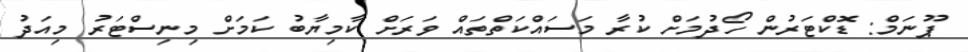
ޕޫނަމް: ޑޮކްޓަރުން ހޯދުމަށް ކުރާ މަސައްކަތްތައް ވަރަށް ކާމިޔާބު ކަމަށް މިނިސްޓަރު މިއަދު